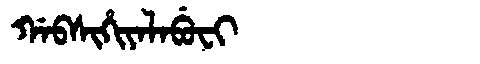
Manchu: ᡤᠠᠪᠰᡳᡥᡳᠶᠠᠯᠠᠪᡠᠸᡳ
Romanization: GABSIHIYALABUFI